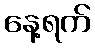
နေ့ရက်